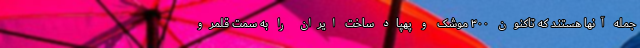
جمله آنها هستند که تاکنون ۳۰۰ موشک و پهپاد ساخت ایران را به سمت قلمرو